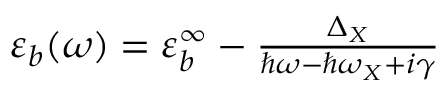
\begin{array} { r } { \varepsilon _ { b } ( \omega ) = \varepsilon _ { b } ^ { \infty } - \frac { \Delta _ { X } } { \hbar \omega - \hbar \omega _ { X } + i \gamma } } \end{array}